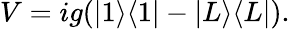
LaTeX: \begin{array}{r}{V=ig(|1\rangle\langle 1|-|L\rangle\langle L|).}\end{array}